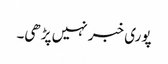
پوری خبر نہیں پڑھی۔